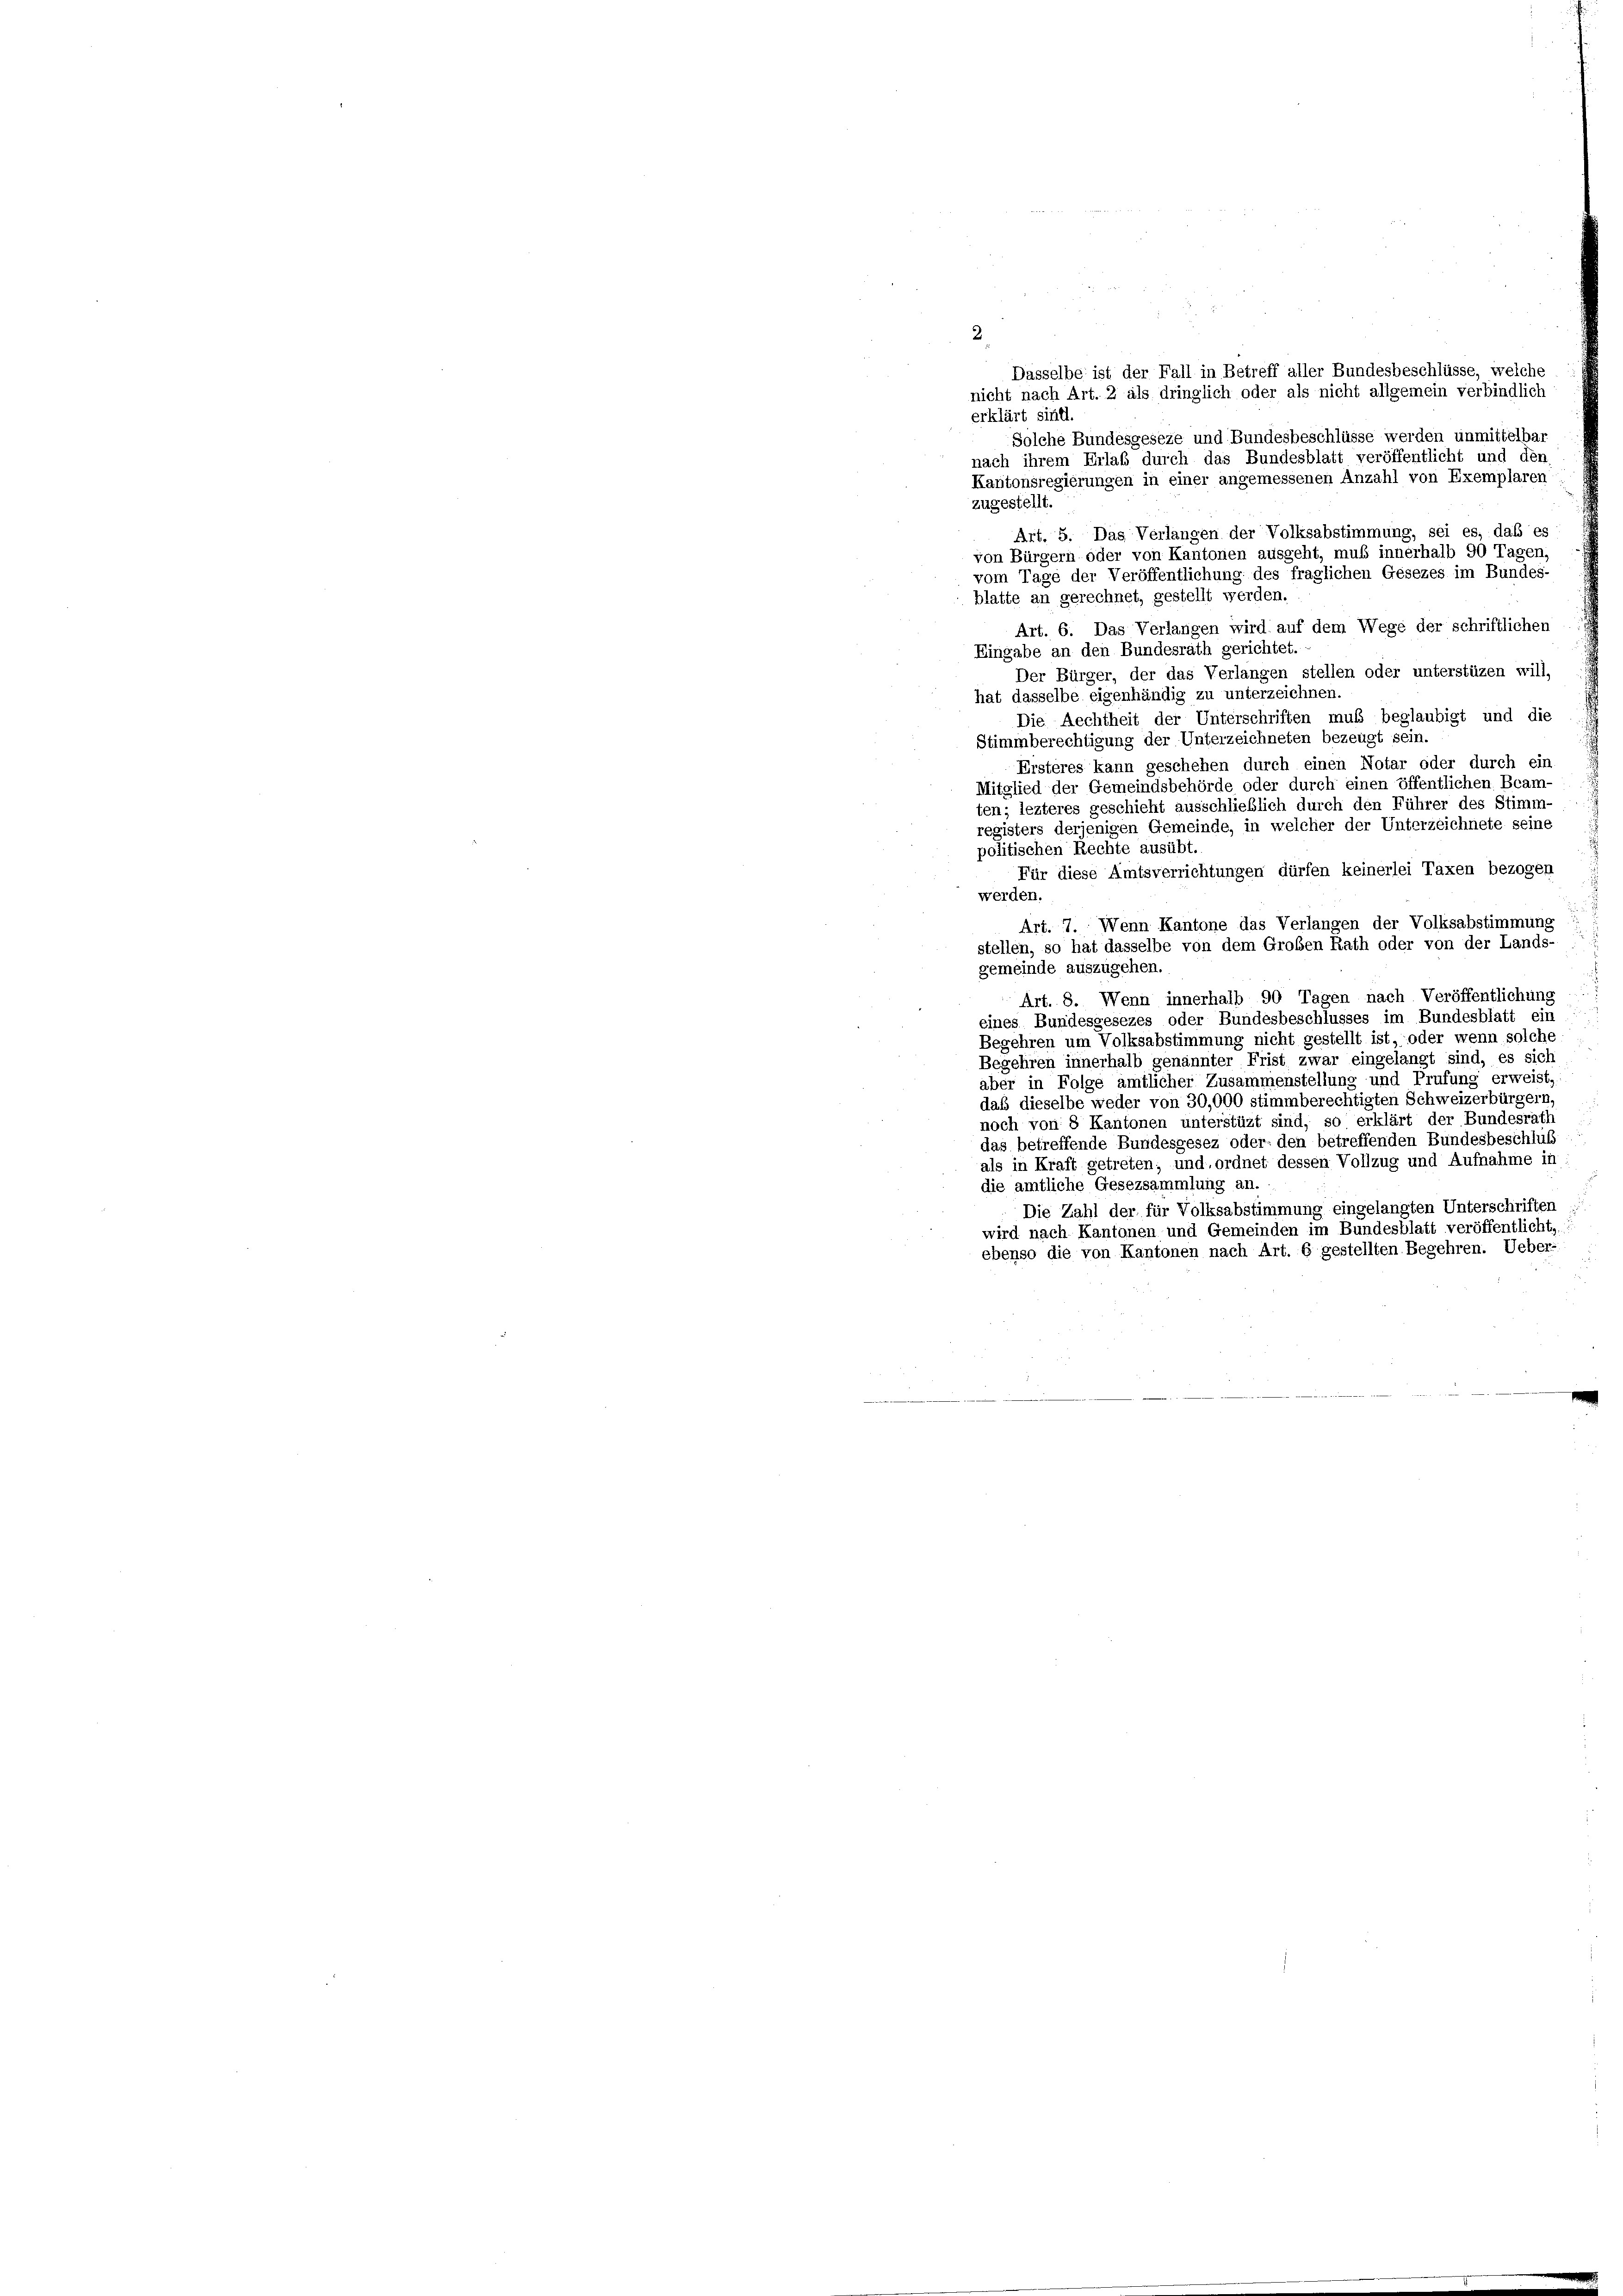
2.
Dasselbe ist der Fall in Betreff aller Bundesbeschlüsse, welche
nicht nach Art. 2 als dringlich oder als nicht allgemein verbindlich
erklärt sinill
Solche Bundesgeseze und Bundesbeschlüsse werden unmittelbar
nach ihrem Erlaß durch das Bundesblatt veröffentlicht und den
Kantonsregierungen in einer angemessenen Anzahl von Exemplaren
zugestellt.
Art. 5. Das Verlangen der Volksabstimmung, sei es, daß es
von Bürgern oder von Kantonen ausgeht, muß innerhalb 90 Tagen.
vom Tage der Veröffentlichung des fraglichen Gesezes im Bundes-
blatte an gerechnet, gestellt werden.
Art. 6. Das Verlangen wird auf dem Wege der schriftlichen
Eingabe an den Bundesrath gerichtet.
Der Bürger, der das Verlangen stellen oder unterstüzen will,
hat dasselbe eigenhändig zu unterzeichnen.
Die Rechtheit der Unterschriften muß beglaubigt und die
Stimmberechtigung der Unterzeichneten bezeugt sein.
Ersteres kann geschehen durch einen Notar oder durch ein
Mitglied der Gemeindsbehörde oder durch einen öffentlichen Beam-
ten; lezteres geschieht ausschließlich durch den Führer des Stimm-
registers derjenigen Gemeinde, in welcher der Unterzeichnete seine
politischen Rechte ausübt.
Für diese Amtsverrichtungen dürfen keinerlei Taxen bezogen
werden.
Art. 7. Wenn Kantone das Verlangen der Volksabstimmung
stellen, so hat dasselbe von dem Großen Rath oder von der Lands-
gemeinde auszugehen.
Art. 8. Wenn innerhalb 90 Tagen nach Veröffentlichung
.
eines Bundesgesezes oder Bundesbeschlusses im Bundesblatt ein
Begehren um Volksabstimmung nicht gestellt ist, oder wenn solche
Begehren innerhalb genannter Frist zwar eingelangt sind, es sich
aber in Folge amtlicher Zusammenstellung und Prüfung erweist,
daß dieselbe weder von 30,000 stimmberechtigten Schweizerbürgern
noch von 8 Kantonen unterstüzt sind, so erklärt der Bundesrath
das betreffende Bundesgesez oder den betreffenden Bundesbeschluß
als in Kraft getreten; und ordnet dessen Vollzug und Aufnahme in
die amtliche Gesezsammlung an.
Die Zahl der für Volksabstimmung eingelangten Unterschriften
wird nach Kantonen und Gemeinden im Bundesblatt veröffentlicht,
ebenso die von Kantonen nach Art. 6 gestellten Begehren. Ueber-